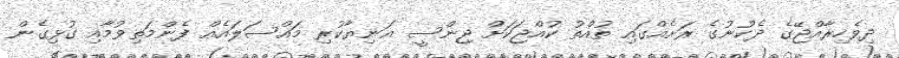
ދިވެހިރާއްޖޭގެ ދެކުނުގެ ރަށެއްގައި ތުއްތު ކުއްޖަކަށް ޖިންސީ އަނިޔާކުރި މައްސަލައެއް ފެންމަތިވުމާއި ގުޅިގެން